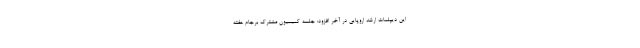
این دیپلمات ارشد اروپایی در آخر افزود: جلسه کمیسیون مشترک برجام هفته